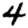
Digit: 4